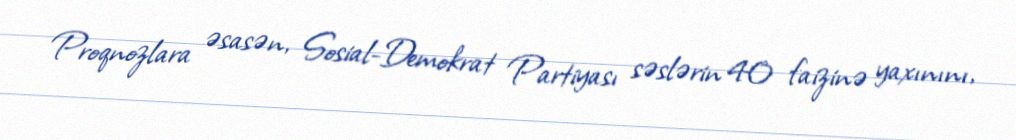
Proqnozlara əsasən, Sosial-Demokrat Partiyası səslərin 40 faizinə yaxınını,